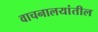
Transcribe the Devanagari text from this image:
वाचनालयांतील